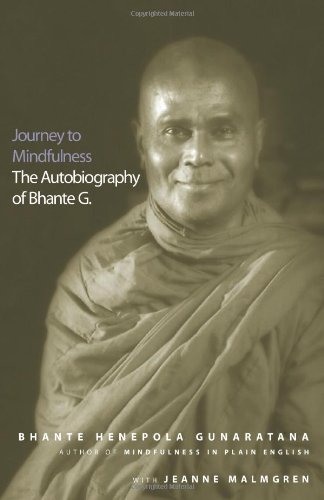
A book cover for Journey to Mindfulness: The Autobiography of Bhante G.; Bhante Henepola Gunaratana; Religion & Spirituality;